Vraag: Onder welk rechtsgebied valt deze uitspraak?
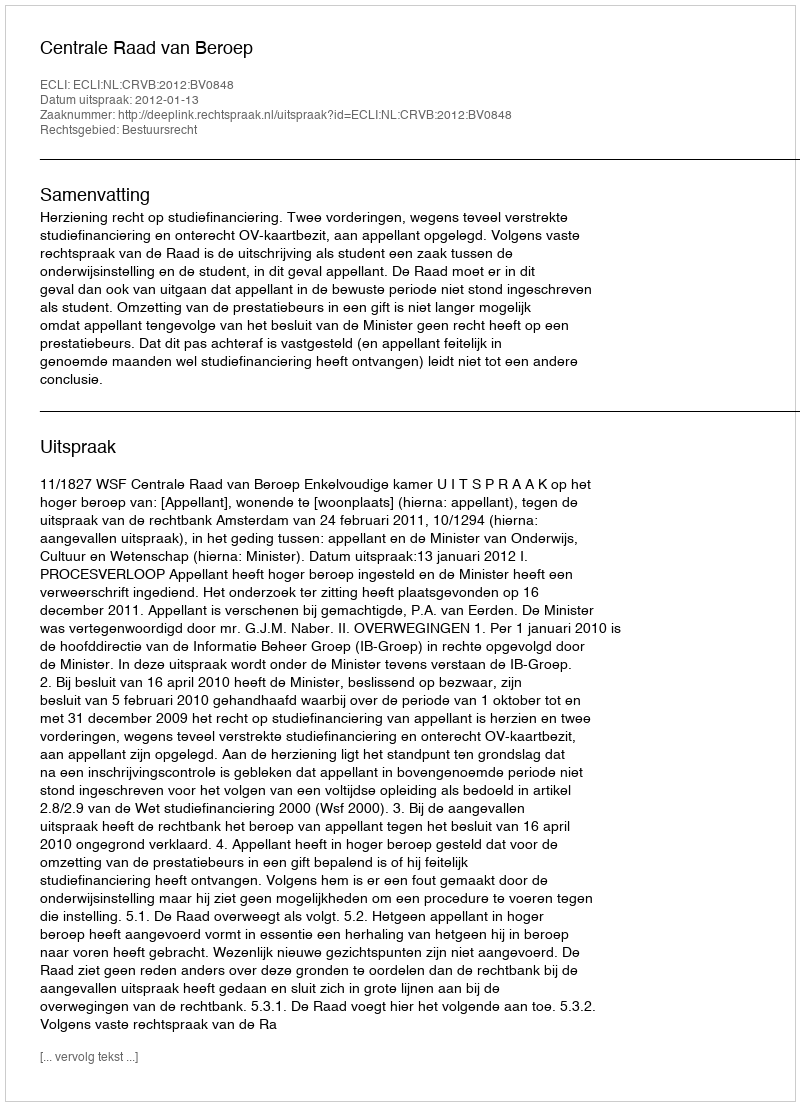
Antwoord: Bestuursrecht